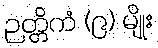
ဉတ္တိကံ (၉) မျိုး